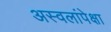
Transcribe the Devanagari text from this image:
अस्वलांपेक्षा